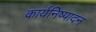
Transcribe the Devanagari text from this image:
कार्यनिष्‍पादन